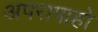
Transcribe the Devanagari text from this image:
अपरापाहो